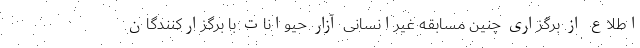
اطلاع از برگزاری چنین مسابقه غیرانسانی آزار حیوانات با برگزارکنندگان